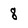
Character: 8